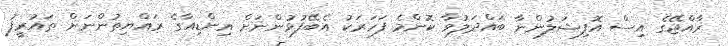
ރާއްޖޭގެ އިސް އޮފިޝަލުންނާ ބައްދަލުވާ ކޮންމެ ފަހަރަކު އެބޭފުޅުންނަށް އިންޑިއާގެ ރައްޔިތުންނަށް ތައުރީފު